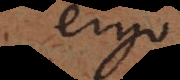
ergo